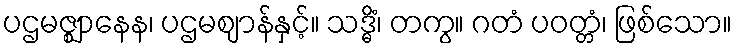
ပဌမဇ္ဈာနေန၊ ပဌမဈာန်နှင့်။ သဒ္ဓိံ၊ တကွ။ ဂတံ ပဝတ္တံ၊ ဖြစ်သော။